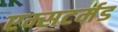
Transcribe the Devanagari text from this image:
एम्सटर्मड